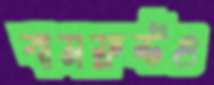
বামফ্রন্টও